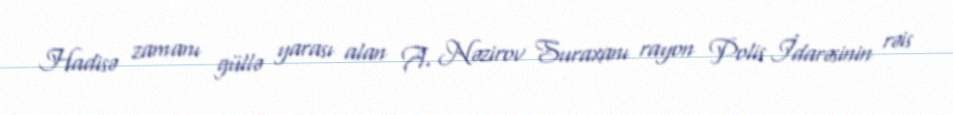
Hadisə zamanı güllə yarası alan A. Nəzirov Suraxanı rayon Polis İdarəsinin rəis